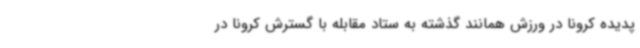
پدیده کرونا در ورزش همانند گذشته به ستاد مقابله با گسترش کرونا در